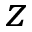
z